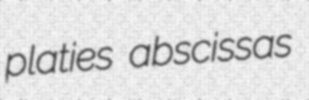
platies abscissas